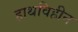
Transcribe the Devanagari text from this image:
हाथविहीन